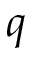
q